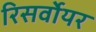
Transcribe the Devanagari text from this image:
रिसर्वोयर